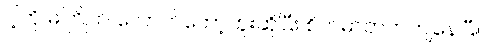
ငါ့ကို မကြိုက် လောက်တော့ဘူးဆိုပြီး စိတ်ဓာတ်ကကျနေပြီ။